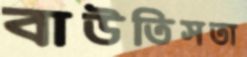
বাউতিসতা